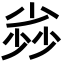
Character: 𡮏